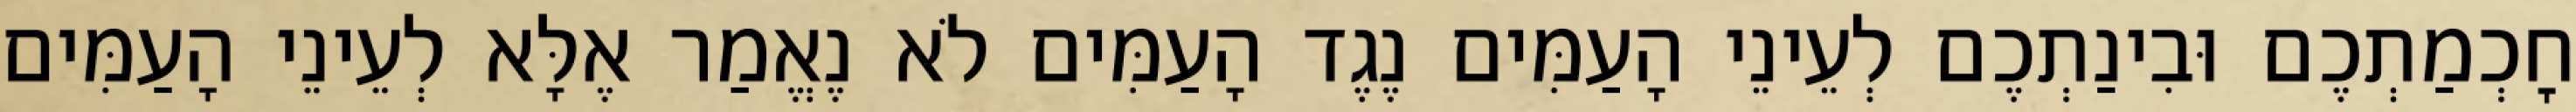
חׇכְמַתְכֶם וּבִינַתְכֶם לְעֵינֵי הָעַמִּים נֶגֶד הָעַמִּים לֹא נֶאֱמַר אֶלָּא לְעֵינֵי הָעַמִּים